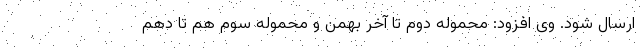
ارسال شود. وی افزود: محموله دوم تا آخر بهمن و محموله سوم هم تا دهم